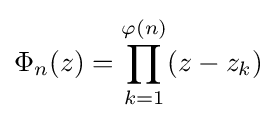
\Phi _{n}(z)=\prod _{k=1}^{\varphi (n)}(z-z_{k})